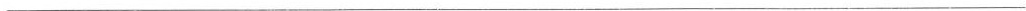
___